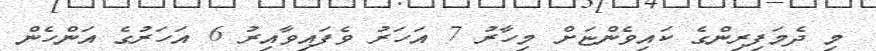
މި ދެމަފިރިންގެ ކައިވެންޏަށް މިހާރު 7 އަހަރު ވެފައިވާއިރު 6 އަހަރުގެ އަންހެން